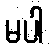
မပါ